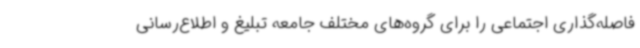
فاصله‌گذاری اجتماعی را برای گروه‌های مختلف جامعه تبلیغ و اطلاع‌رسانی